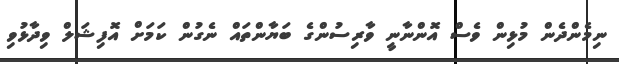
ނިމެންދެން މުޅިން ވެސް އޮންނާނީ ވާރިސުންގެ ބަޔާންތައް ނެގުން ކަމަށް އޮފިޝަލް ވިދާޅުވި